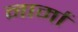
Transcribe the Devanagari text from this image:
नार्मा